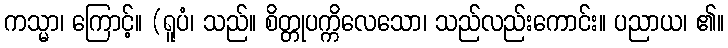
ကသ္မာ၊ ကြောင့်။ (ရူပံ၊ သည်။ စိတ္တုပက္ကိလေသော၊ သည်လည်းကောင်း။ ပညာယ၊ ၏။